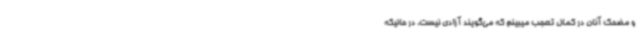
و مضحک آنان در کمال تعجب میبینم که می‌گویند آزادی نیست، در حالیکه